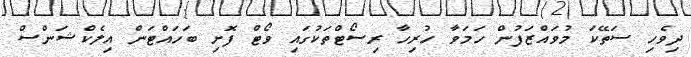
ދިވެހި ސަތޭކަ މުވައްޒަފުން ހަމަވާ ހުރިހާ ރިސޯޓްތަކުގައި ވޯޓް ފޮށި ބަހައްޓަން އިލެކްޝަންސް